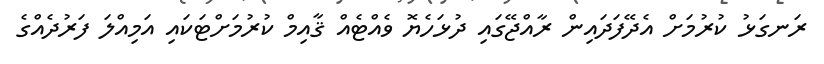
ރަނގަޅު ކުރުމަށް އެދޭފަދައިން ރާއްޖޭގައި ދުޅަހެޔޮ ވެއްޓެއް ޤާއިމް ކުރުމަށްޓަކައި އަމިއްލަ ފަރުދެއްގެ